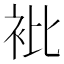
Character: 𧘱